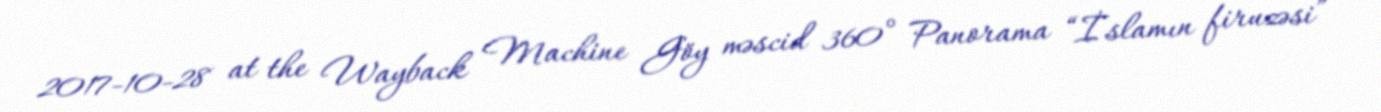
2017-10-28 at the Wayback Machine Göy məscid 360° Panorama “İslamın firuzəsi” -